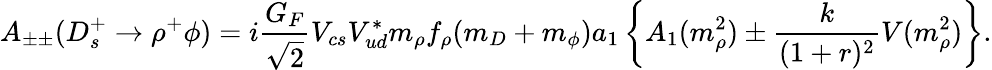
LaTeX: A_{\pm\pm}(D_{s}^{+}\rightarrow\rho^{+}\phi)=i{\frac{{G}_{F}}{\sqrt{2}}}V_{cs}V_{ud}^{*}m_{\rho}f_{\rho}(m_{D}+m_{\phi})a_{1}\left\{ A_{1}(m_{\rho}^{2})\pm{\frac{k}{(1+r)^{2}}}V(m_{\rho}^{2})\right\} .